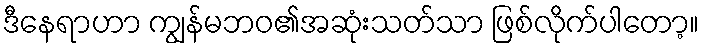
ဒီနေရာဟာ ကျွန်မဘဝ၏အဆုံးသတ်သာ ဖြစ်လိုက်ပါတော့။